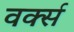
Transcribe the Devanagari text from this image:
वर्क्स